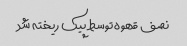
نصف قهوه توسط پیک ریخته شد